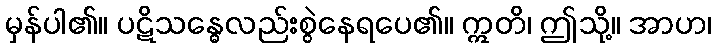
မှန်ပါ၏။ ပဋိသန္ဓေလည်းစွဲနေရပေ၏။ ဣတိ၊ ဤသို့။ အာဟ၊